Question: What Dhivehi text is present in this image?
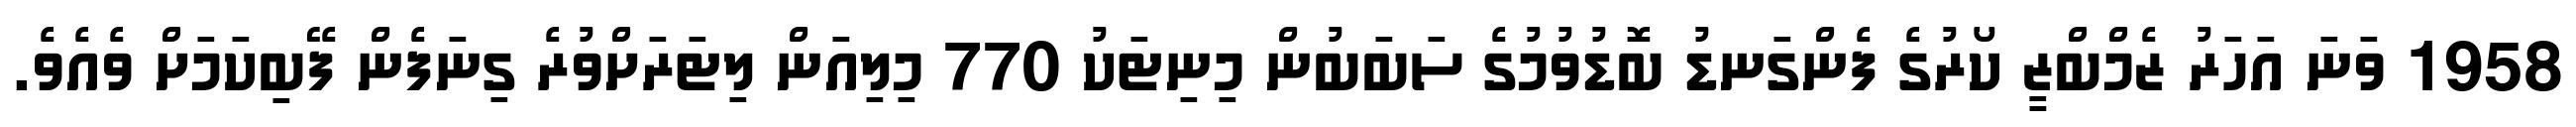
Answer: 1958 ވަނަ އަހަރު ޒެމްބްޒީ ކޯރުގެ ފެންގަނޑު ބޮޑުވުމުގެ ސަބަބުން މިނިޓަކު 770 މިލިއަން ލިޓަރަށްވުރެ ގިނަފެން ފޭބިކަމަށް ވެއެވެ.